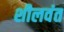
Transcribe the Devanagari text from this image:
शीलवंत